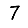
Digit: 7